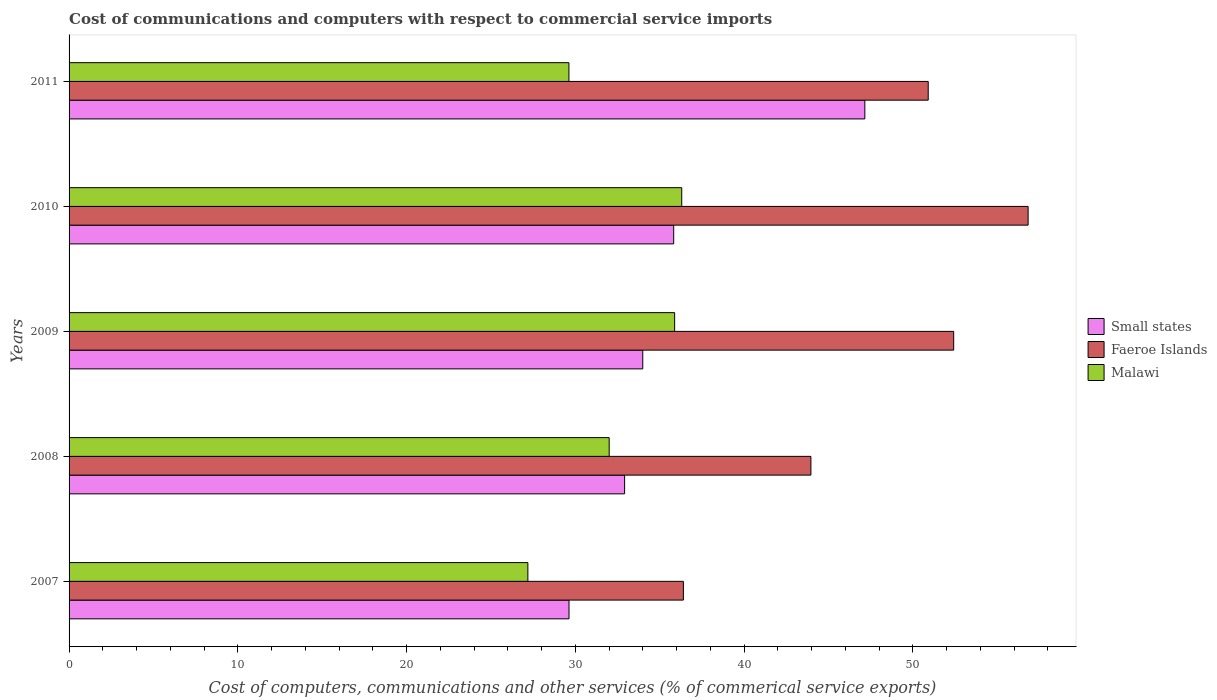
| Years | Small states | Faeroe Islands | Malawi |
 | --- | --- | --- | --- |
 | 2007 | 29.6 | 36.4 | 27.2 |
 | 2008 | 32.9 | 44 | 32 |
 | 2009 | 34 | 52.4 | 35.9 |
 | 2010 | 35.8 | 56.8 | 36.3 |
 | 2011 | 47.2 | 50.9 | 29.6 |